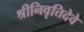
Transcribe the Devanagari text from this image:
श्रीनिवृत्तिदेवे